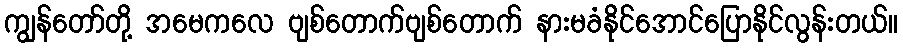
ကျွန်တော်တို့ အမေကလေ ဗျစ်တောက်ဗျစ်တောက် နားမခံနိုင်အောင်ပြောနိုင်လွန်းတယ်။